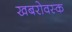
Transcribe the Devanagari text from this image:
खबरोवस्क